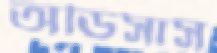
অডিসাস